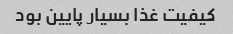
کیفیت غذا بسیار پایین بود